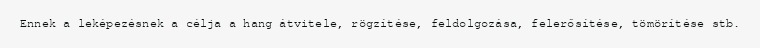
Ennek a leképezésnek a célja a hang átvitele, rögzítése, feldolgozása, felerősítése, tömörítése stb.